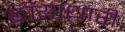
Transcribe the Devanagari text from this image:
छायाधारी